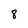
Character: 8